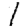
Digit: 1